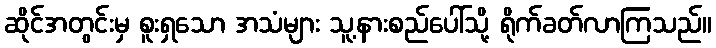
ဆိုင်အတွင်းမှ စူးရှသော အသံများ သူ့နားစည်ပေါ်သို့ ရိုက်ခတ်လာကြသည်။